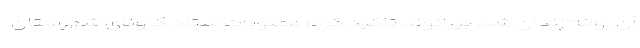
آن روانه زندان شد. بیرانوند تاکید کرد: مصوبات ستاد کرونای شهرستان